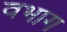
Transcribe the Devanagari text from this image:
वभाग